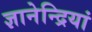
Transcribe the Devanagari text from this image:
ज्ञानेन्द्रियां